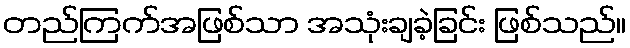
တည်ကြက်အဖြစ်သာ အသုံးချခဲ့ခြင်း ဖြစ်သည်။